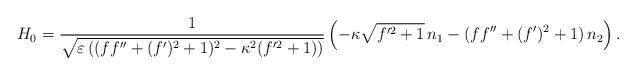
LaTeX: \begin{align*} H_0 = \frac{1}{\sqrt{\varepsilon\left((f f''+(f')^2 + 1)^2 - \kappa^2 (f'^2+1)\right)}} \left(-\kappa \sqrt{f'^2+1} \,n_1 - (f f''+(f')^2 + 1) \,n_2\right).\end{align*}